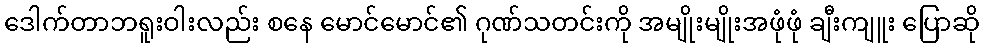
ဒေါက်တာဘရူးဝါးလည်း စနေ မောင်မောင်၏ ဂုဏ်သတင်းကို အမျိုးမျိုးအဖုံဖုံ ချီးကျူး ပြောဆို